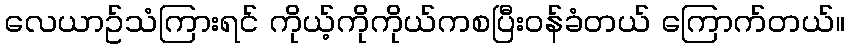
လေယာဥ်သံကြားရင် ကိုယ့်ကိုကိုယ်ကစပြီးဝန်ခံတယ် ကြောက်တယ်။